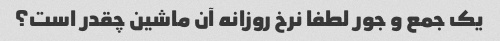
یک جمع و جور لطفا نرخ روزانه آن ماشین چقدر است؟